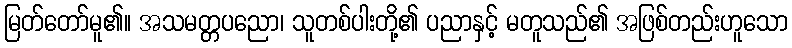
မြတ်တော်မူ၏။ အသမတ္တပညော၊ သူတစ်ပါးတို့၏ ပညာနှင့် မတူသည်၏ အဖြစ်တည်းဟူသော